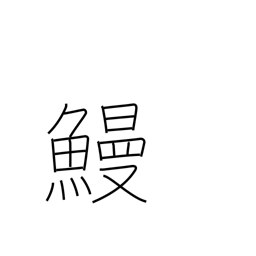
Meaning: eel